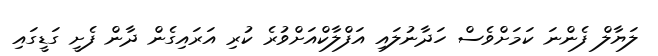
ލަޔާލް ފެންނަ ކަމަށްވެސް ހަދާނުލައި އަފްލާކްއަށްވުރެ ކުރި އަރައިގެން ދާން ފެށީ ގަޑީގައި